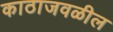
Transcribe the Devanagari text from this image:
काठाजवळील